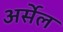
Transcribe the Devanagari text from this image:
अर्सेल